Tartu_linnavalitsus, lk 90
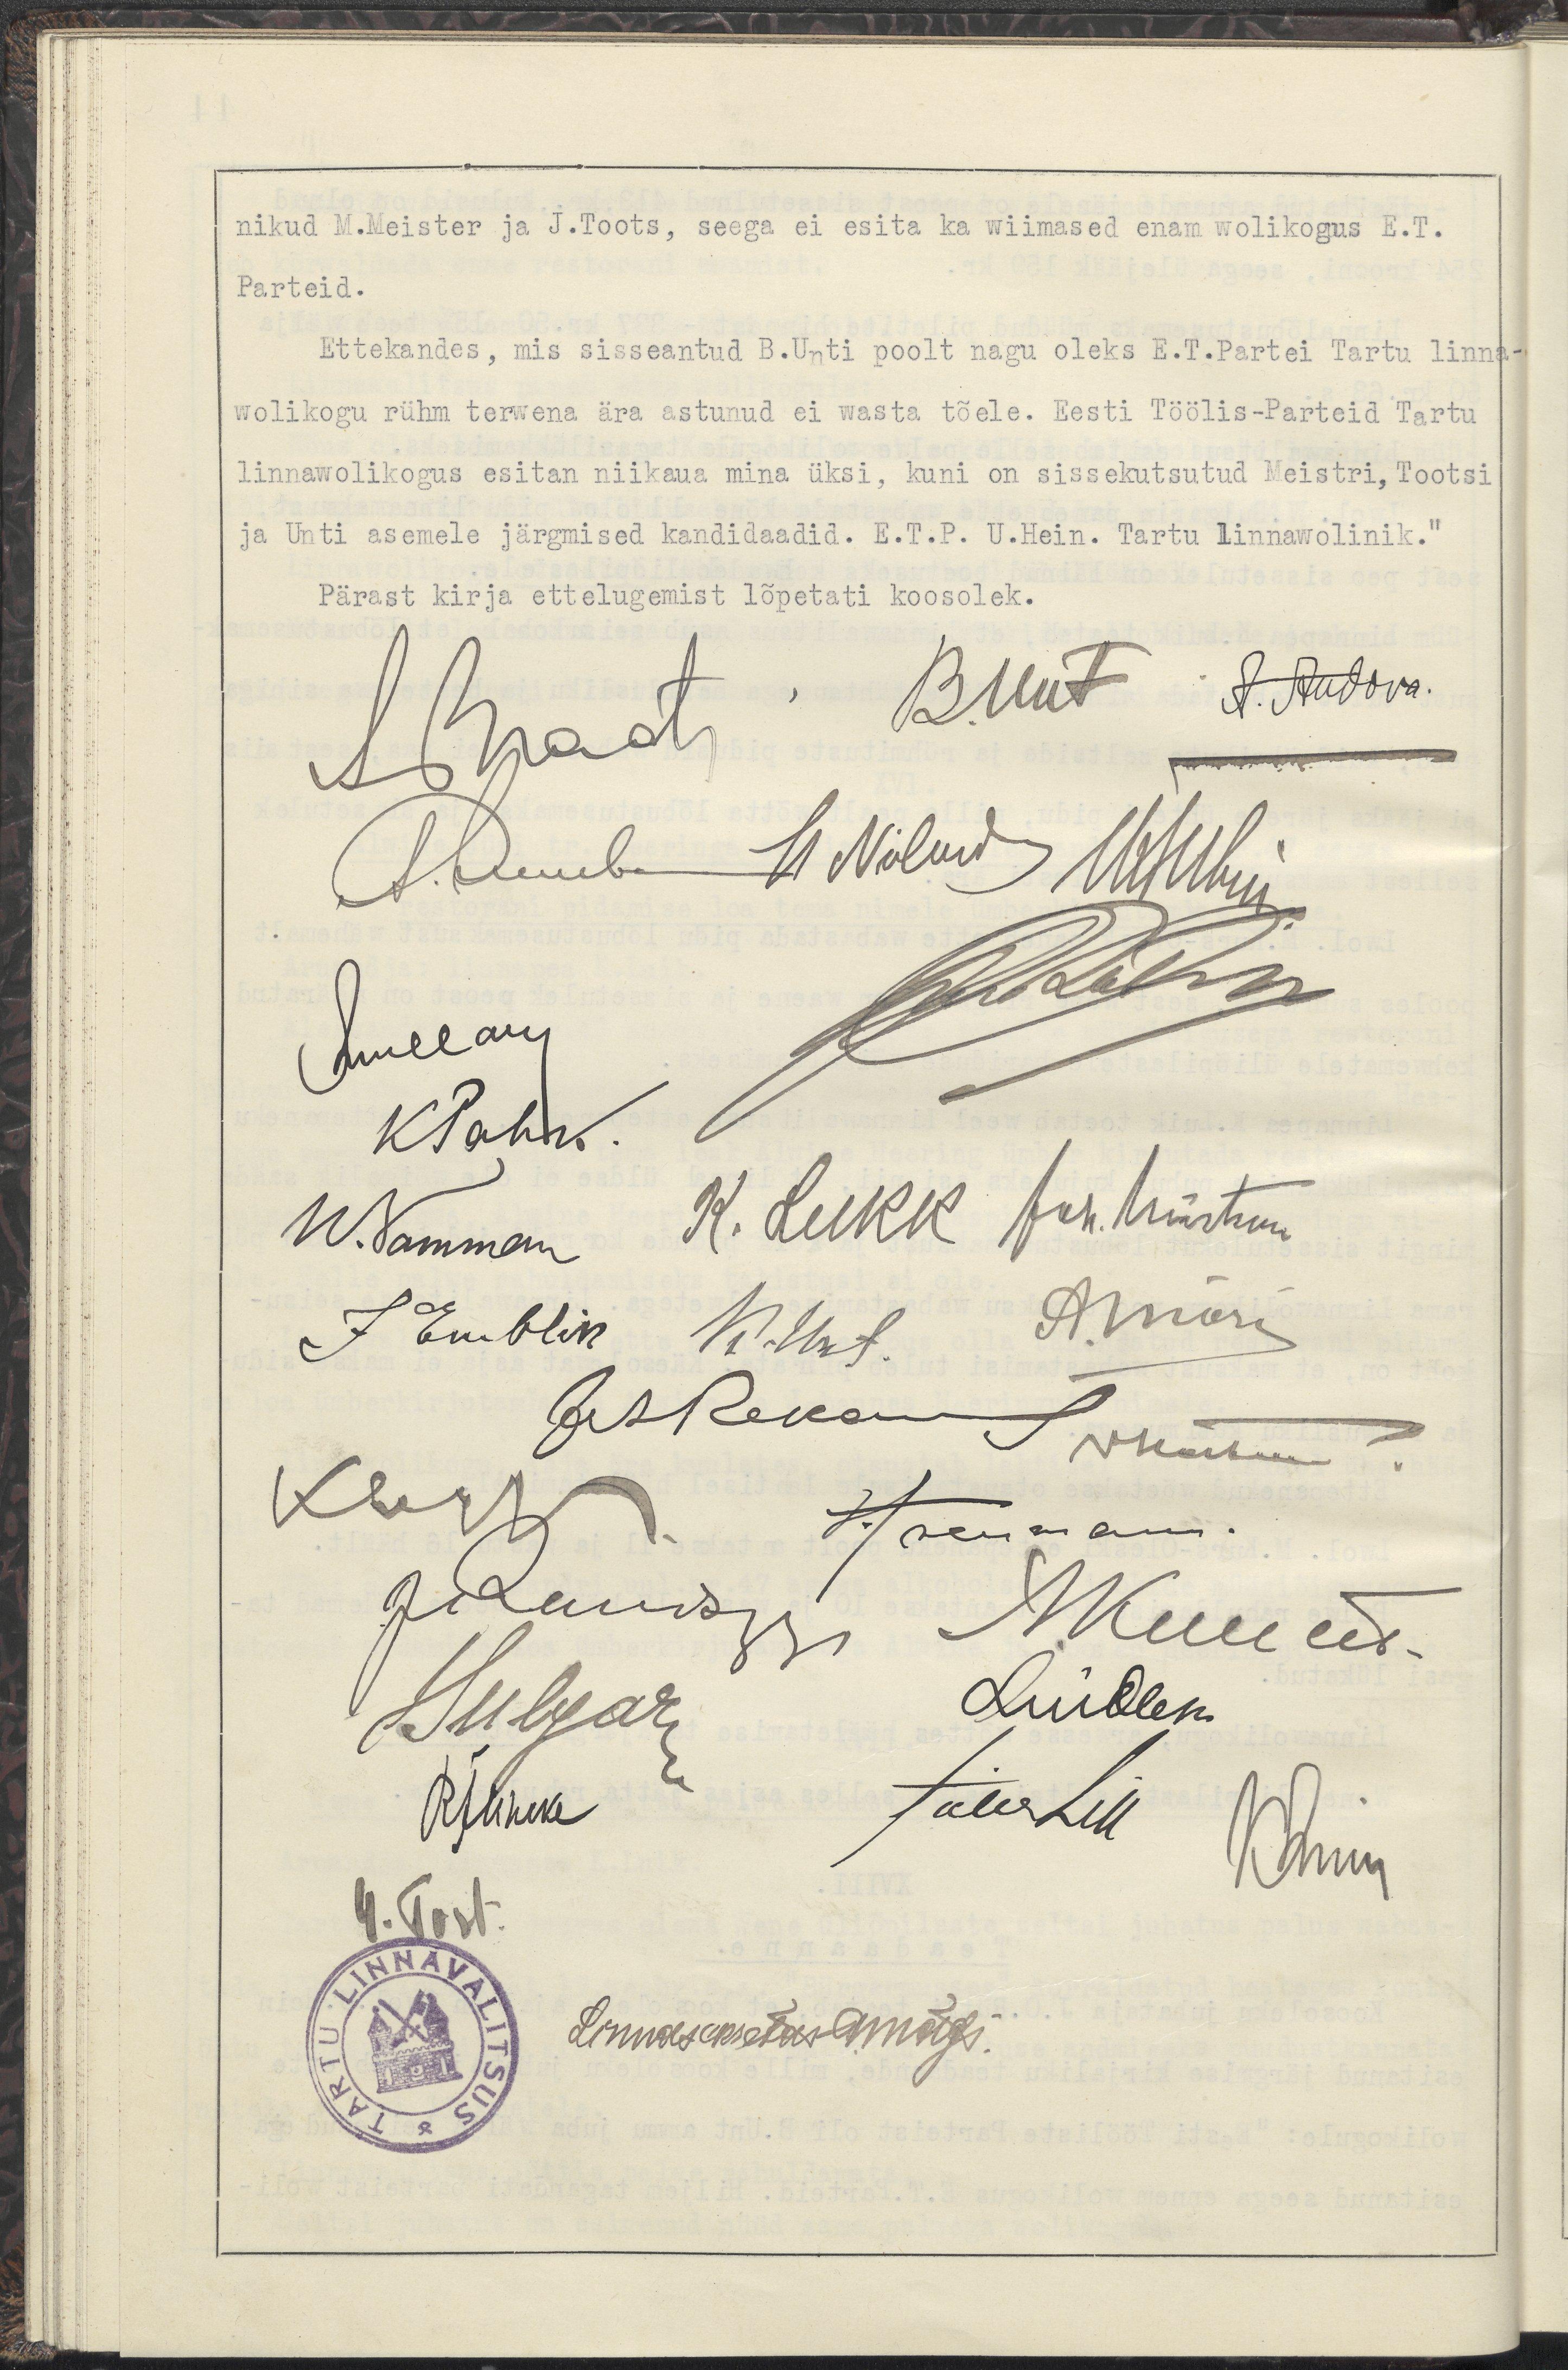
nikud M.Meister ja J.Toots, seega ei esita ka wiimased enam woliogus E.T.
Parteid.
Ettekandes, mis sisseantud B.Unti poolt nagu oleks E.T.Partei Tartu linna-
wolikogu rühm terwena ära astunud ei wasta tõele. Eesti Töölis-Parteid Tartu 
linnawolikogus esitan niikaua mina üksi, kunni on sissekutsutud Meistri, Tootsi
ja Unti asemele järgmised kandidaadid. E.T.P. U.Hein Tartu Linnawolinik,"
Pärast kirja ettelugemist lõpetati koosolek.